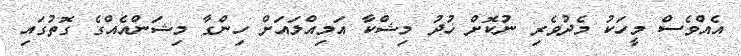
އެއްވެސް މީހަކު މެދުވެރި ނުކޮށް ޚުދު މިޝްކާ އަމިއްލައަށް ހިންގާ މިޝަންއެއްގެ ގޮތުގައި